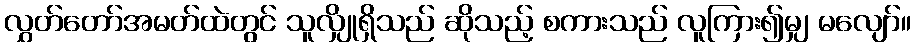
လွှတ်တော်အမတ်ထဲတွင် သူလျှိုရှိသည် ဆိုသည့် စကားသည် လူကြား၍မျှ မလျော်။